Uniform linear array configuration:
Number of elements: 12
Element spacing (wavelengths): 0.75
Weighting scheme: exponential
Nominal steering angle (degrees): -60
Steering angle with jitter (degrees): -61.188
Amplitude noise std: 0.05
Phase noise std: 0.05

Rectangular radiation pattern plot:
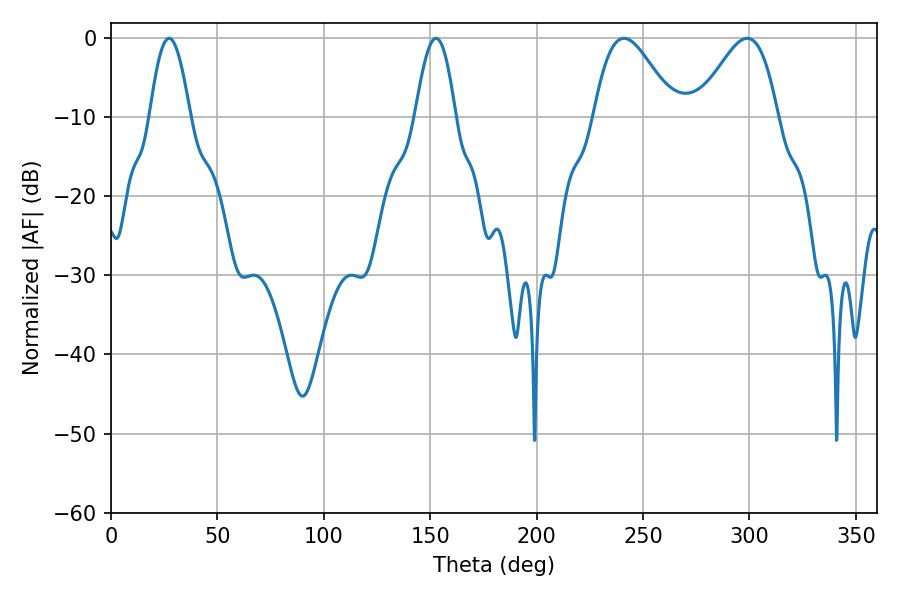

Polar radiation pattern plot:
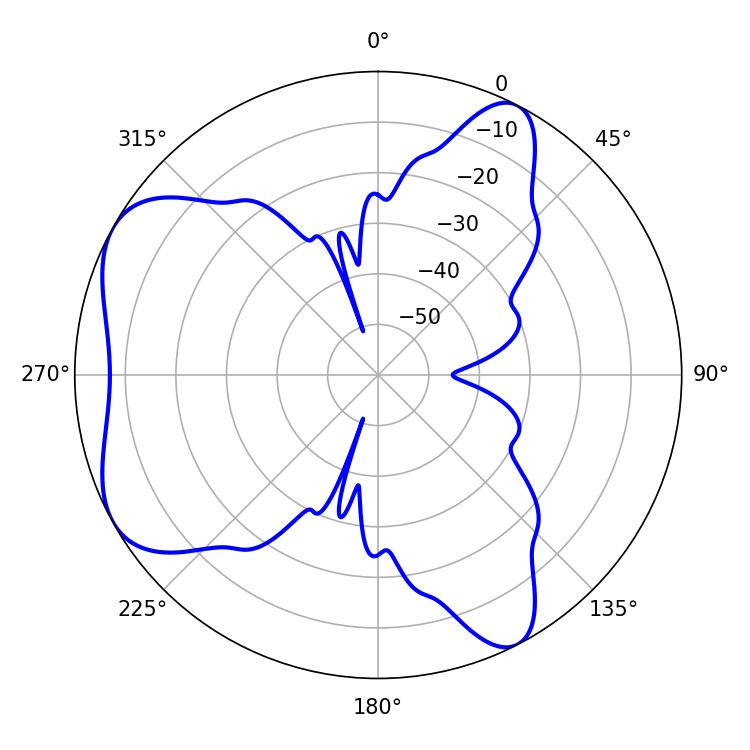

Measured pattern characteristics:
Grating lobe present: TRUE
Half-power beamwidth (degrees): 19.98
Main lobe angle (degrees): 241.02